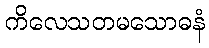
ကိလေသတမသောဓနံ